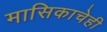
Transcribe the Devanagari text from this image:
मासिकाचेही